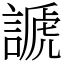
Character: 謕